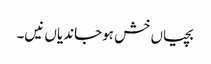
بچیاں خش ہوجاندیاں نیں۔